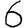
Digit: 6